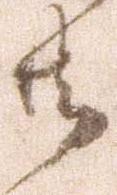
共